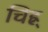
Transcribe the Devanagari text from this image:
चिह्न्